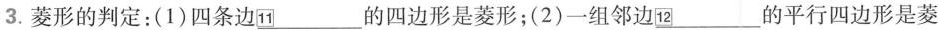
3.菱形的判定：(1)四条边面\underline{11} 的四边形是菱形；(2)一组邻边\underline{12} 的平行四边形是菱